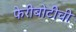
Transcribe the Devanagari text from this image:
फेरीबोटीची